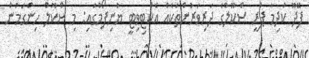
ފޭދޫ ކުދިމާ ޕްރީ ސްކޫލްގެ ދަރިވަރުންތަކެއް އެކްޓިވިޓީ ޔުނިފޯމްގައި: މި ސްކޫލް ހިންގަމުން